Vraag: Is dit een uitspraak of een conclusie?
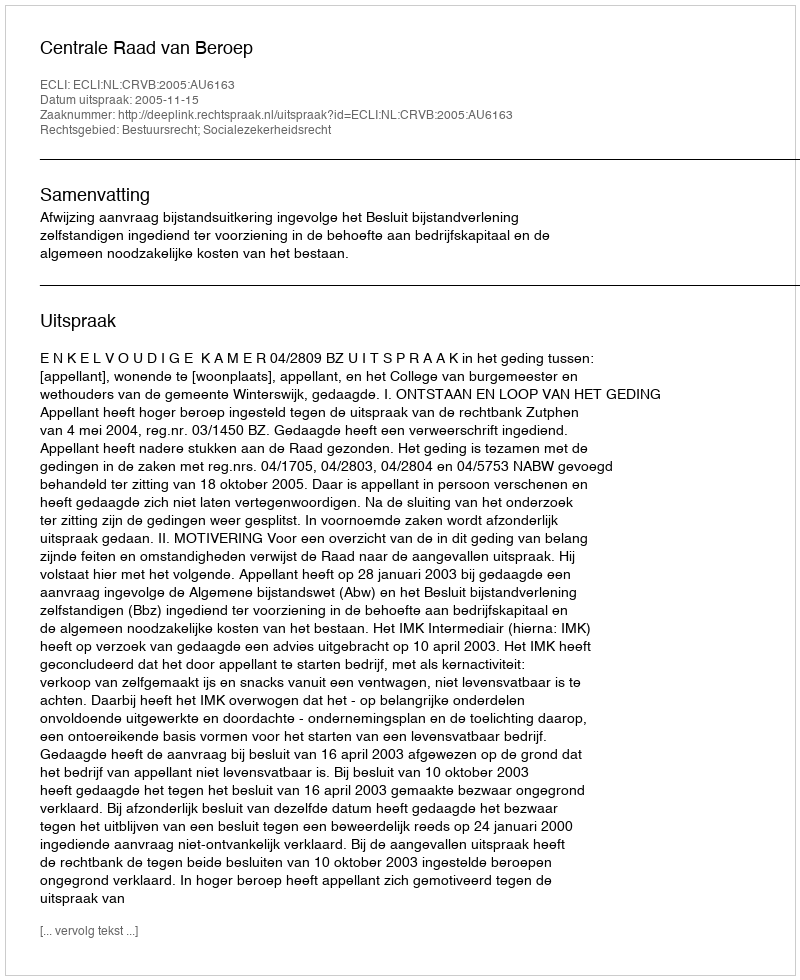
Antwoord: Uitspraak